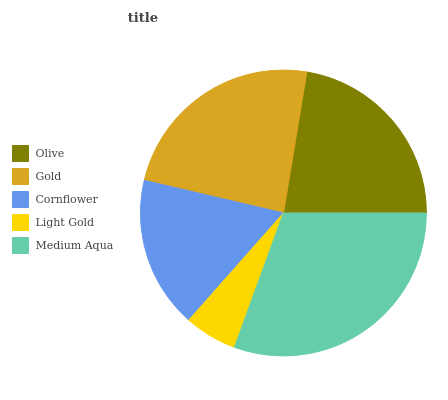
| Olive | Gold | Cornflower | Light Gold | Medium Aqua |
 | --- | --- | --- | --- | --- |
 | 22.4% | 23.9% | 17.2% | 5.95% | 30.6% |